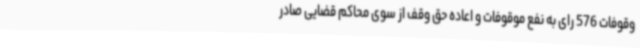
وقوفات 576 رای به نفع موقوفات و اعاده حق وقف از سوی محاکم قضایی صادر